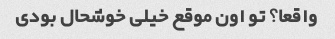
واقعا؟ تو اون موقع خیلی خوشحال بودی